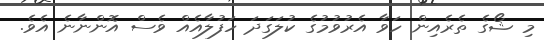
މި ޝޯގެ ތެރެއިން ހަވާ އެރުވުމުގެ ކުލަގަދަ ހަފުލާއެއް ވެސް އޮންނާނެ އެވެ.